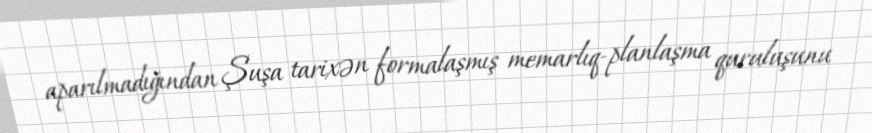
aparılmadığından Şuşa tarixən formalaşmış memarlıq-planlaşma quruluşunu